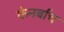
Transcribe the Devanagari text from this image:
फेनर्बाच